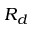
R _ { d }